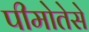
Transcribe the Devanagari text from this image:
पीमोतेसे